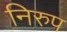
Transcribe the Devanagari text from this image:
निरुप